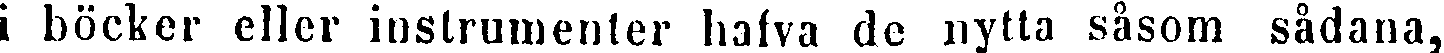
i böcker eller instrumenter hafva de nytta såsom sådana,